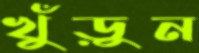
খুঁড়ুন